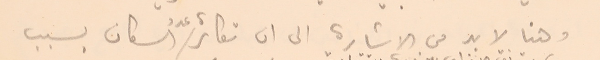
وهنا لا بد من الاشارة الى ان تكاثر عدد السكان بسبب